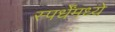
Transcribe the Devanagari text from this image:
स्पर्धेंमध्ये